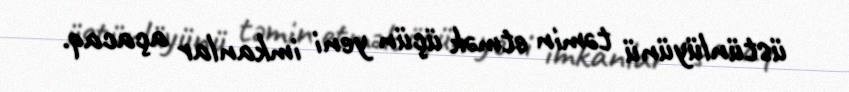
üstünlüyünü təmin etmək üçün yeni imkanlar açacaq.